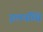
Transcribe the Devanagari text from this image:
इलयच्चि